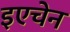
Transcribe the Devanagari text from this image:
इएचेन